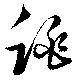
跳